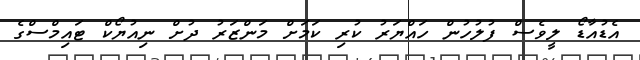
އެޑުއާޑޯ ލީވެސް ފުލުހުން ހައްޔަރު ކުރި ކަމަށް މަންޒަރު ދުށް ނިއުޔޯކް ޓައިމްސްގެ